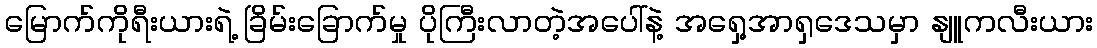
မြောက်ကိုရီးယားရဲ့ ခြိမ်းခြောက်မှု ပိုကြီးလာတဲ့အပေါ်နဲ့ အရှေ့အာရှဒေသမှာ နျူကလီးယား